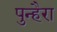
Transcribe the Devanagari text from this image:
पुन्हैरा